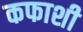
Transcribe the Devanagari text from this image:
कफाशी